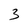
Character: 3